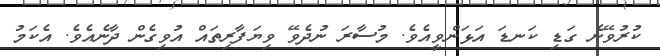
ކުރުވޭނެ ގަޑި ކަނޑަ އަޅަންވީއެވެ. މުސާރަ ނުދެވޭ ވިޔަފާރިތައް އުވިގެން ދާނެއެވެ. އެކަމު